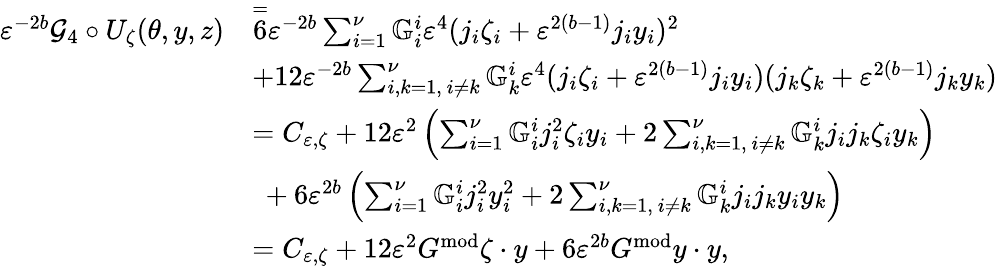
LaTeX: \begin{array}{rl}{\varepsilon^{-2b}\mathcal{G}_{4}\circ U_{\zeta}(\theta,y,z)}&{\overset=6\varepsilon^{-2b}\sum_{i=1}^{\nu}\mathbb{G}_{i}^{i}\varepsilon^{4}(j_{i}\zeta_{i}+\varepsilon^{2(b-1)}j_{i}y_{i})^{2}}\\ &{+12\varepsilon^{-2b}\sum_{i,k=1,\ i\ne k}^{\nu}\mathbb{G}_{k}^{i}\varepsilon^{4}(j_{i}\zeta_{i}+\varepsilon^{2(b-1)}j_{i}y_{i})(j_{k}\zeta_{k}+\varepsilon^{2(b-1)}j_{k}y_{k})}\\ &{=C_{\varepsilon,\zeta}+12\varepsilon^{2}\left(\sum_{i=1}^{\nu}\mathbb{G}_{i}^{i}j_{i}^{2}\zeta_{i}y_{i}+2\sum_{i,k=1,\ i\ne k}^{\nu}\mathbb{G}_{k}^{i}j_{i}j_{k}\zeta_{i}y_{k}\right)}\\ &{\ +6\varepsilon^{2b}\left(\sum_{i=1}^{\nu}\mathbb{G}_{i}^{i}j_{i}^{2}y_{i}^{2}+2\sum_{i,k=1,\ i\ne k}^{\nu}\mathbb{G}_{k}^{i}j_{i}j_{k}y_{i}y_{k}\right)}\\ &{=C_{\varepsilon,\zeta}+12\varepsilon^{2}G^{\mathrm{mod}}\zeta\cdot y+6\varepsilon^{2b}G^{\mathrm{mod}}y\cdot y,}\end{array}